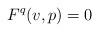
LaTeX: \begin{align*}F^q(v,p) = 0\end{align*}